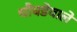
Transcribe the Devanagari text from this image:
चौघडेवाले